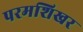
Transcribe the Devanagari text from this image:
परमशिखर